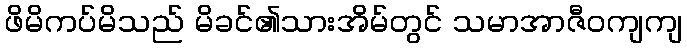
ဖိမိကပ်မိသည် မိခင်၏သားအိမ်တွင် သမာအာဇီဝကျကျ